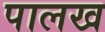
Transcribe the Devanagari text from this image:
पालख